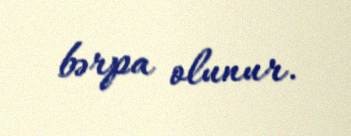
bərpa olunur.